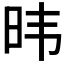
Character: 𬀩